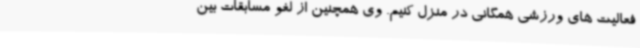
فعالیت های ورزشی همگانی در منزل کنیم. وی همچنین از لغو مسابقات بین